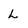
Character: L